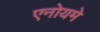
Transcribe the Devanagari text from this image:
एनोयमे